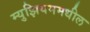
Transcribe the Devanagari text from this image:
म्युझियममधील